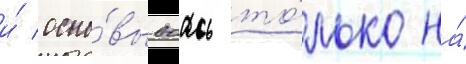
и́ осно́вываась то́лько на́